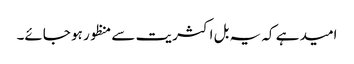
امید ہے کہ یہ بل اکثریت سے منظور ہو جائے۔